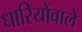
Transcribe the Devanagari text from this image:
धारियोंवाले